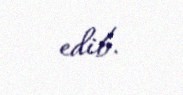
edib.